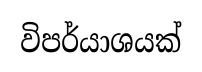
විපර්යාශයක්